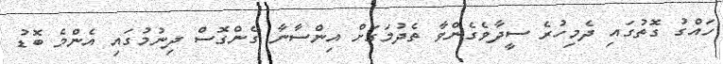
ހައްގު ގޮތުގައި ދެމިހުރެ ސީދާވެގެންވާ ތެދުމަގަށް އިންސާނާ ގެންގޮސް ދިނުމުގައި އެންމެ ބޮޑު